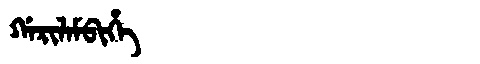
Manchu: ᡤᠠᡵᡳᠯᠠᠮᠪᡳᡥᡝ
Romanization: GARILAMBIHE